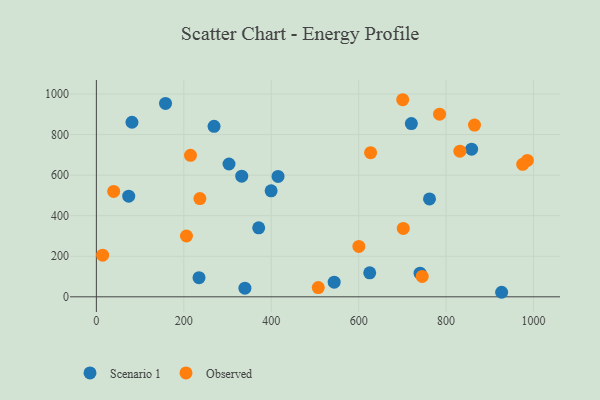
{"axis": {"x": "Speed", "y": "Demand"}, "legend": ["Observed", "Scenario 1"], "data": [{"x": "399.8", "y": 522.7, "type": "Scenario 1"}, {"x": "74.0", "y": 496.4, "type": "Scenario 1"}, {"x": "234.8", "y": 94.5, "type": "Scenario 1"}, {"x": "303.4", "y": 655.0, "type": "Scenario 1"}, {"x": "332.5", "y": 594.9, "type": "Scenario 1"}, {"x": "415.6", "y": 593.6, "type": "Scenario 1"}, {"x": "927.1", "y": 22.4, "type": "Scenario 1"}, {"x": "371.3", "y": 340.1, "type": "Scenario 1"}, {"x": "740.5", "y": 116.4, "type": "Scenario 1"}, {"x": "544.0", "y": 72.4, "type": "Scenario 1"}, {"x": "158.2", "y": 953.9, "type": "Scenario 1"}, {"x": "762.1", "y": 482.8, "type": "Scenario 1"}, {"x": "269.2", "y": 841.0, "type": "Scenario 1"}, {"x": "81.4", "y": 860.9, "type": "Scenario 1"}, {"x": "858.4", "y": 728.3, "type": "Scenario 1"}, {"x": "625.3", "y": 118.4, "type": "Scenario 1"}, {"x": "720.6", "y": 854.4, "type": "Scenario 1"}, {"x": "339.8", "y": 42.7, "type": "Scenario 1"}, {"x": "600.5", "y": 248.5, "type": "Observed"}, {"x": "785.1", "y": 900.8, "type": "Observed"}, {"x": "975.3", "y": 653.2, "type": "Observed"}, {"x": "14.3", "y": 205.3, "type": "Observed"}, {"x": "700.8", "y": 972.0, "type": "Observed"}, {"x": "865.0", "y": 847.2, "type": "Observed"}, {"x": "507.6", "y": 45.7, "type": "Observed"}, {"x": "831.6", "y": 718.1, "type": "Observed"}, {"x": "986.0", "y": 672.5, "type": "Observed"}, {"x": "206.1", "y": 299.9, "type": "Observed"}, {"x": "627.3", "y": 710.8, "type": "Observed"}, {"x": "215.3", "y": 698.0, "type": "Observed"}, {"x": "39.6", "y": 520.0, "type": "Observed"}, {"x": "702.1", "y": 337.3, "type": "Observed"}, {"x": "745.4", "y": 100.8, "type": "Observed"}, {"x": "236.8", "y": 484.3, "type": "Observed"}]}